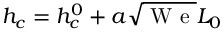
h _ { c } = h _ { c } ^ { 0 } + a \sqrt { \mathrm { ~ W ~ e ~ } } L _ { 0 }